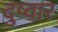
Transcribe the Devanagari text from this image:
दुष्वार